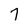
Character: 7